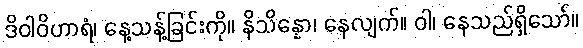
ဒိဝါဝိဟာရံ၊ နေ့သန့်ခြင်းကို။ နိသိန္နော၊ နေလျက်။ ဝါ၊ နေသည်ရှိသော်။